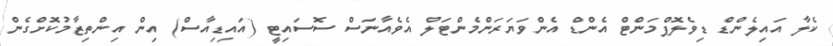
ކެލާ އައިލެންޑް ޑިވެލޮޕްމަންޓް އެންޑް އެންވަޔަރަންމެންޓަލް އެވެއާނަސް ސޮސައިޓީ (އައިޑިއާސް) އިން އިންތިޒާމުކޮށްގެން